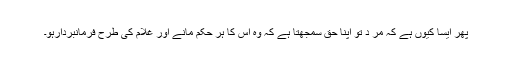
پھر ایسا کیوں ہے کہ مر د تو اپنا حق سمجھتا ہے کہ وہ اس کا ہر حکم مانے اور غلام کی طرح فرمانبردارہو۔